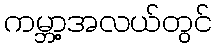
ကမ္ဘာ့အလယ်တွင်